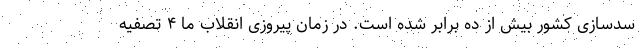
سدسازی کشور بیش از ده برابر شده است. در زمان پیروزی انقلاب ما ۴ تصفیه